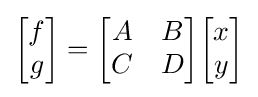
{\begin{bmatrix}f\\g\end{bmatrix}}={\begin{bmatrix}A&B\\C&D\end{bmatrix}}{\begin{bmatrix}x\\y\end{bmatrix}}